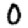
Digit: 0